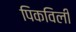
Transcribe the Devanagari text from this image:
पिकविली